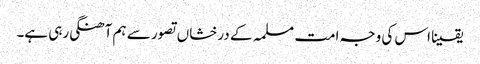
یقینا اس کی وجہ امت مسلمہ کے درخشاں تصور سے ہم آھنگی رہی ہے۔